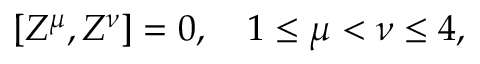
[ Z ^ { \mu } , Z ^ { \nu } ] = 0 , \quad 1 \leq \mu < \nu \leq 4 ,